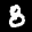
Label: 8